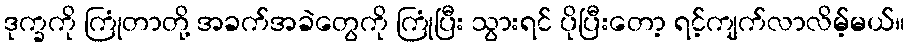
ဒုက္ခကို ကြုံတာတို့ အခက်အခဲတွေကို ကြုံပြီး သွားရင် ပိုပြီးတော့ ရင့်ကျက်လာလိမ့်မယ်။